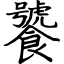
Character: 饕